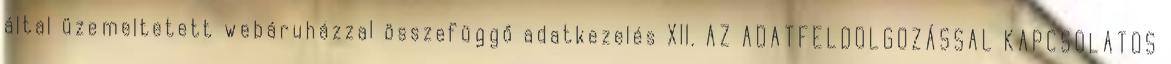
által üzemeltetett webáruházzal összefüggő adatkezelés XII. AZ ADATFELDOLGOZÁSSAL KAPCSOLATOS